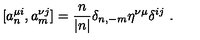
[ a _ { n } ^ { \mu i } , a _ { m } ^ { \nu j } ] = \frac { n } { | n | } \delta _ { n , - m } \eta ^ { \nu \mu } \delta ^ { i j } \ .